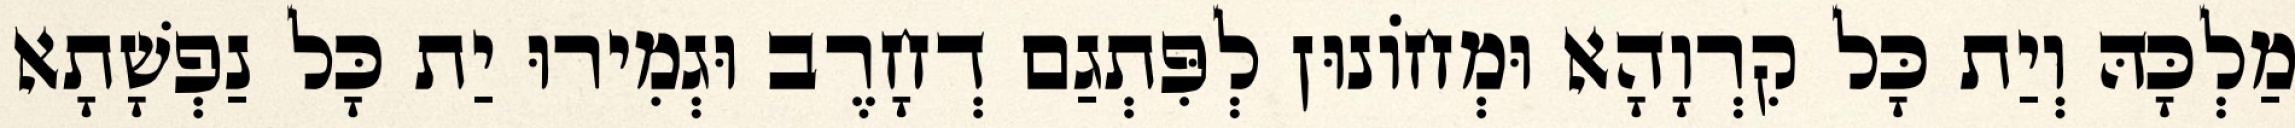
מַלְכָּהּ וְיַת כָּל קִרְוָהָא וּמְחוֹנוּן לְפִּתְגַם דְחָרֶב וּגְמִירוּ יַת כָּל נַפְשָׁתָא